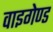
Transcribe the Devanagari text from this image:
वाइगेण्ड